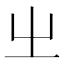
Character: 㞢